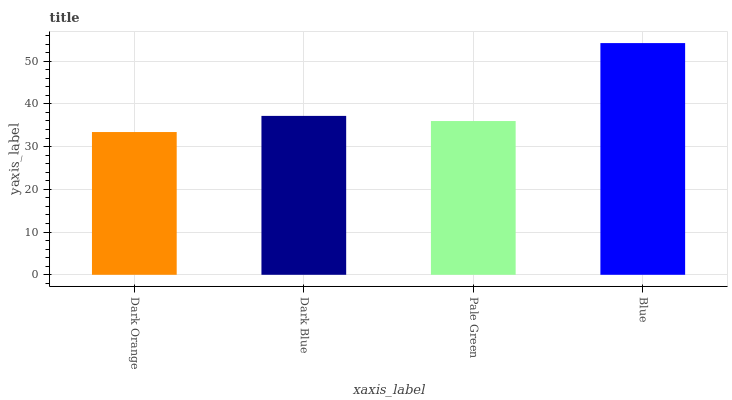
| xaxis_label | bars |
 | --- | --- |
 | Dark Orange | 33.4 |
 | Dark Blue | 37.2 |
 | Pale Green | 36 |
 | Blue | 54.2 |